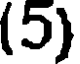
(5)